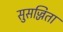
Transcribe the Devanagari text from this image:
सुसज्जिता